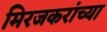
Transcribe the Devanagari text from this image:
मिरजकरांच्या